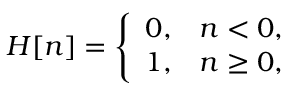
H [ n ] = { \left\{ \begin{array} { l l } { 0 , } & { n < 0 , } \\ { 1 , } & { n \geq 0 , } \end{array} \right. }